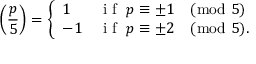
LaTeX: \left( { \frac { p } { 5 } } \right) = { \left\{ \begin{array} { l l } { 1 } & { { \textrm { i f } } \; p \equiv \pm 1 { \pmod { 5 } } } \\ { - 1 } & { { \textrm { i f } } \; p \equiv \pm 2 { \pmod { 5 } } . } \end{array} \right. }